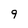
Character: 9